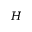
H